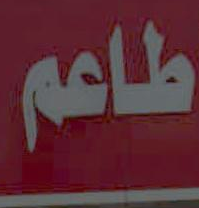
طاعم